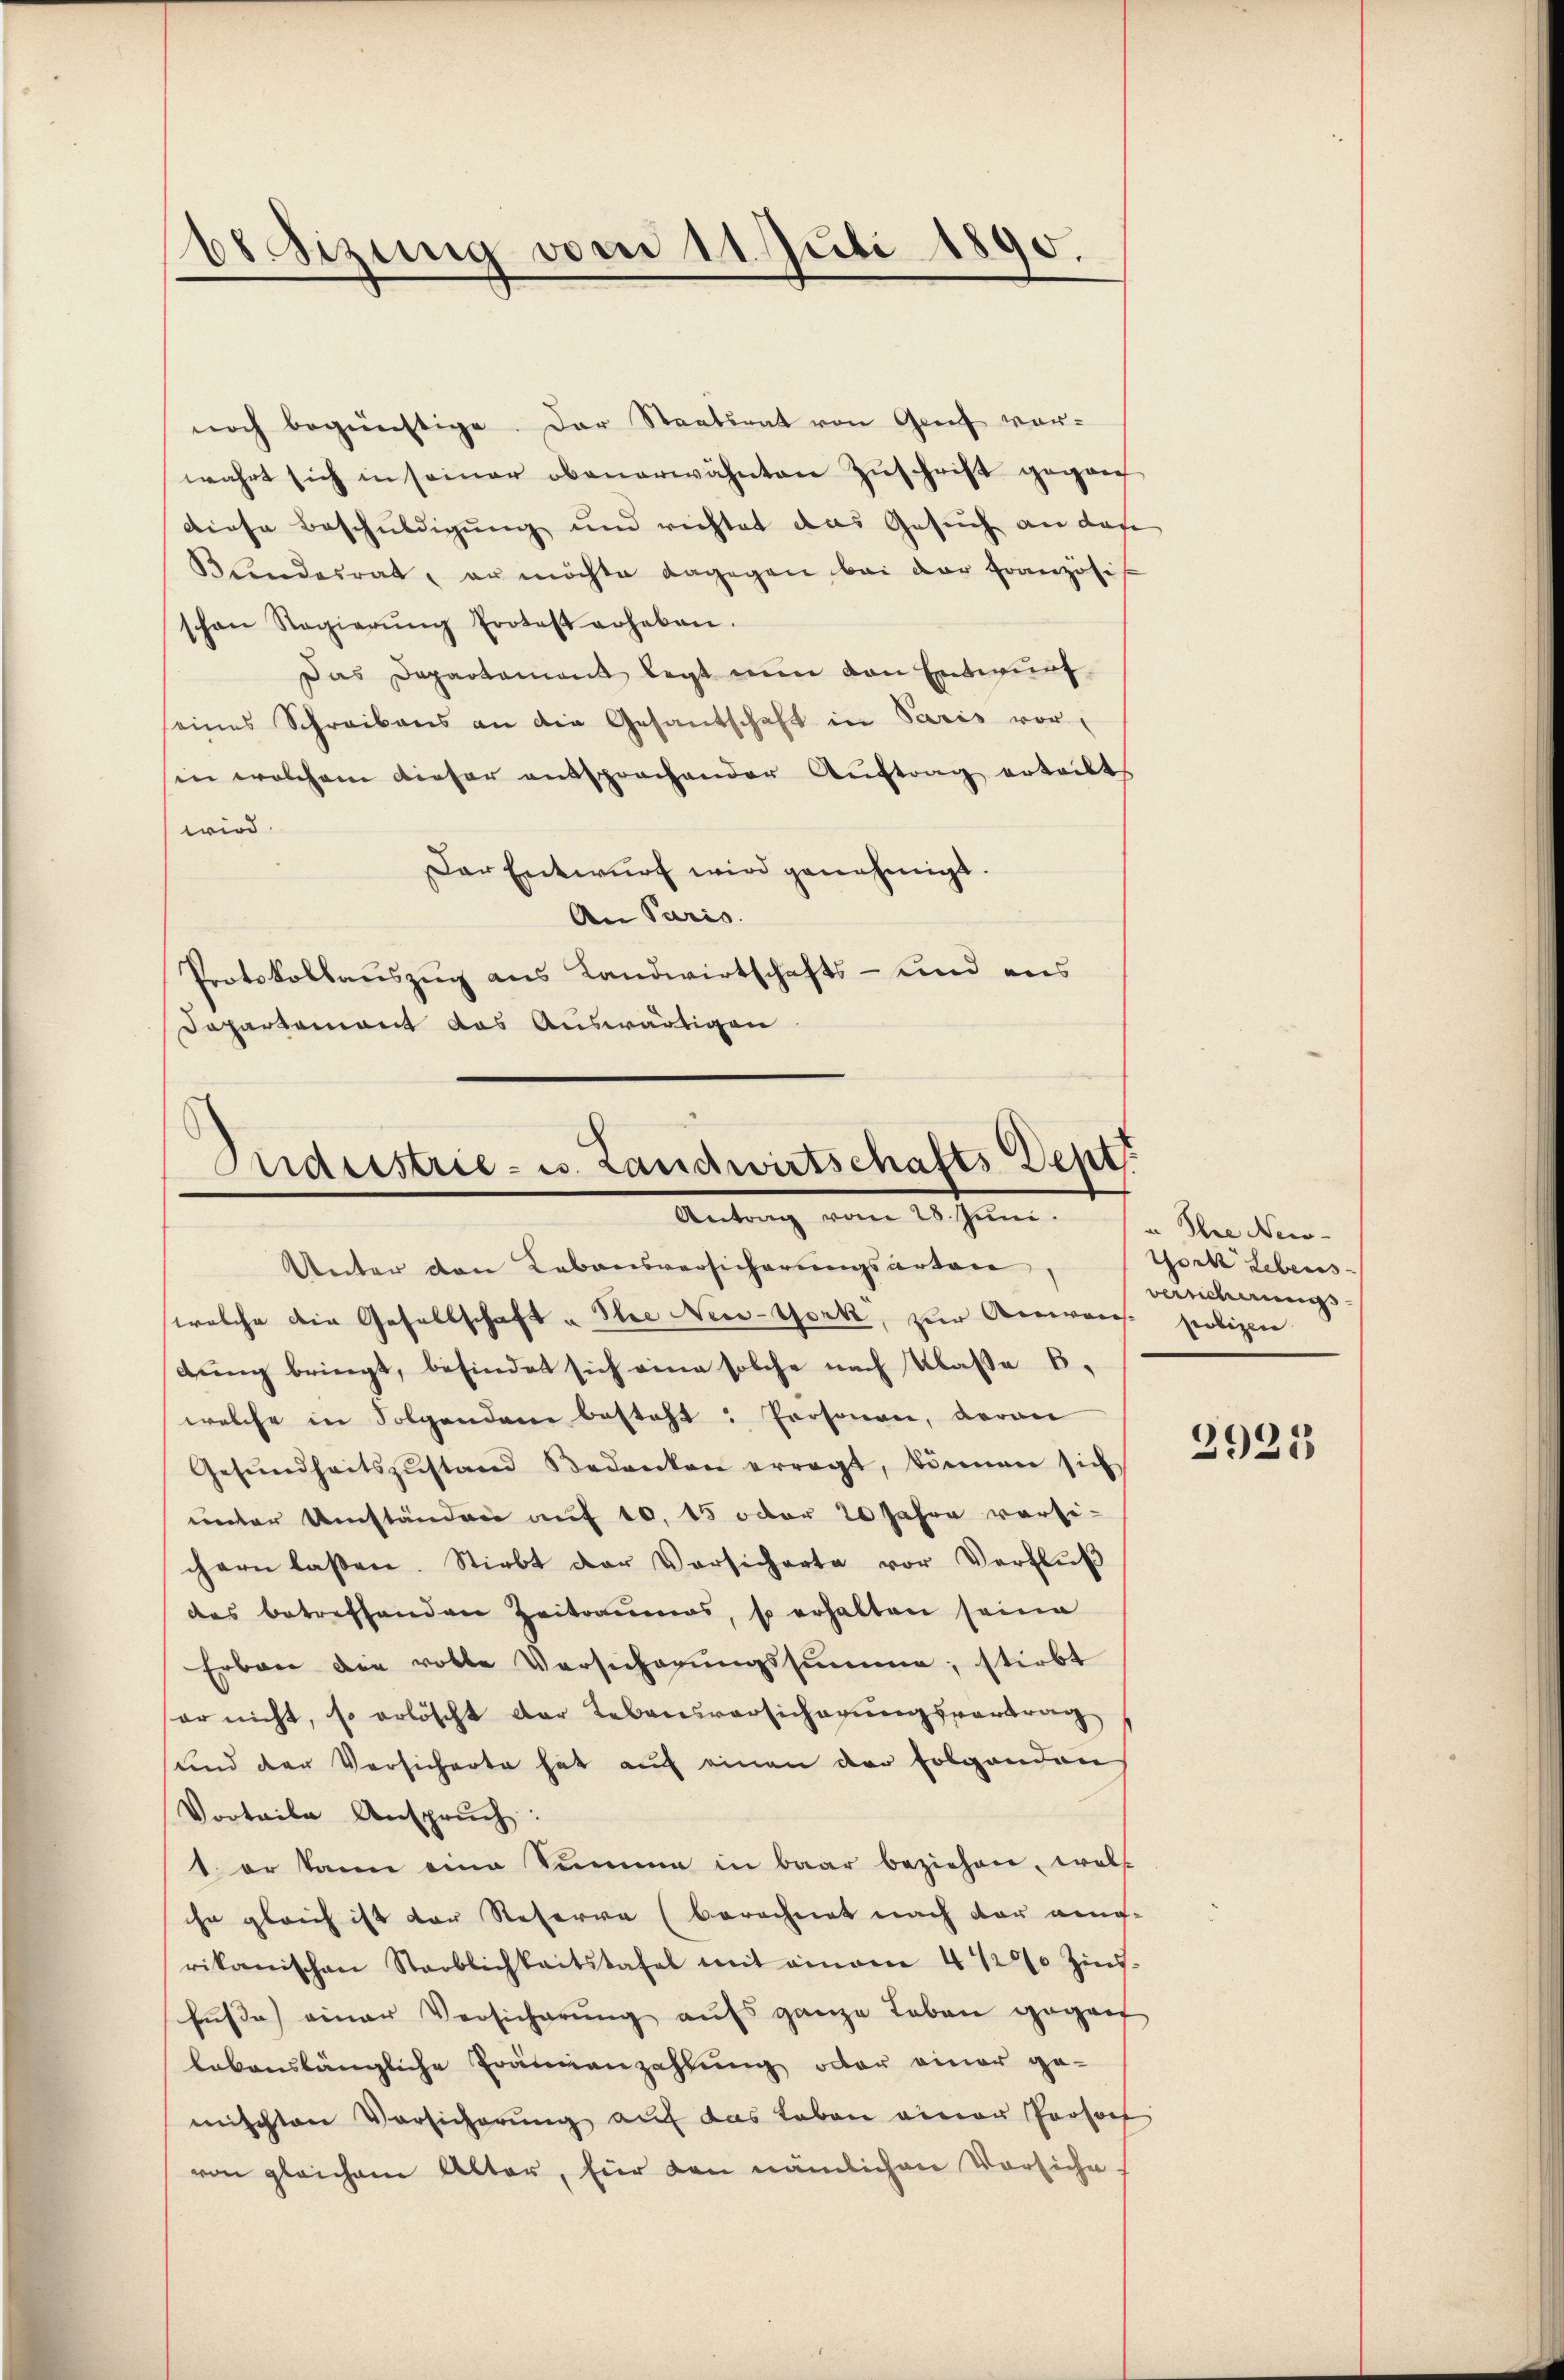
b8 Sizung vom 11. Juli 1890.

noch begünstige. Der Staatsrat von Graf vorwahrt sich in seiner obenerwähnten Zŭschrift gegan
diese Beschuldigung und richtet das Gesuch an das
Blindesrat, er möchte dagegen bei der Französis
schon Regierŭng protest erheben.
Das Departement legt nun den Entwurf
seines Schreibens an die Gesandschaft in Paris vor,
in welchem dieser entsprochender Auftrag erteilte
wird.
Der Entwurf wird genehmigt.
An Paris.
Protokollauszug aus Landwirtschafts- und aus
Dapartement das Auswärtigen

Maustrie- u. Landwirtschafts-Dept.
Antrag vom 28. Juni.

Unter den Lebensversicherungsarten
welche die Gesellschaft u. Sie New-York, zur Anweise seligen
dung bringt, befindet sich eine solche nach Klasse B.
welche in Folgenden besteht: Personen, daran
Gesŭndheitszŭstand Bedanken erragt, können sich
unter Umständen auf 10, 15 oder 20 Jahre versi-
chern lassen. Stirbt der Versicherte vor Verflŭβ
des betreffenden Zeitraumes, so erhalten seine
Erben die volle Versicherŭngssumme, stirbt
er nicht, so erlöscht der Lebensversicherungsvortrag
und der Versicherte hat auf einen der folgenden
Vorteile Ansprŭch:
1. er kann eine Summe in baar beziehen, wels
he gleich ist der Referre (berechnet nach der an-
rikanischen Sterblichkeitstafel mit einem 400 Zins-
fusse einer Versicherung aufs ganze Leben gegen
lebenslängliche Prämienzahlung oder einer ge-
mischten Vorsicherung auf das Leben einer Persoh
von gleichem Alter, für den nämlichen Vorsiche.

Ihre New-
York Lebens
versicherungs

2925